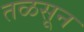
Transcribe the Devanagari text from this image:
तळसून